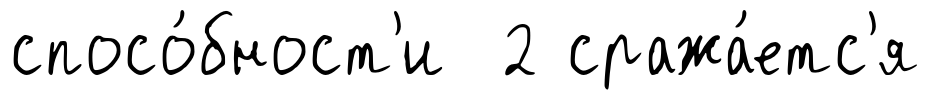
спосо́бност'и 2 сража́етс'я